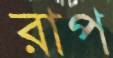
রাপ